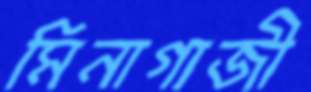
মিনাগাজী